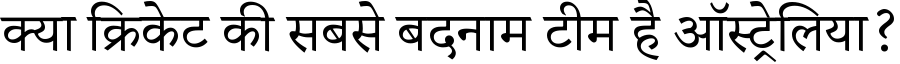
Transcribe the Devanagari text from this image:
क्या क्रिकेट की सबसे बदनाम टीम है ऑस्ट्रेलिया?